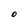
Character: O